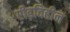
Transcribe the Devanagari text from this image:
रीढ़विहीन